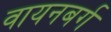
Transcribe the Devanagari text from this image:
वायनबर्ग